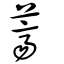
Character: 薺